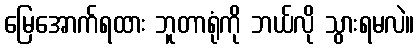
မြေအောက်ရထား ဘူတာရုံကို ဘယ်လို သွားရမလဲ။